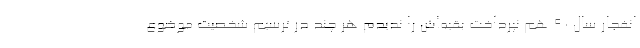
انفجار سال 90 هم نپرداخت بقیه‌اش را ندیدم هر چند در ترسیم شخصیت موضوع